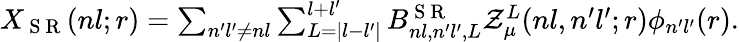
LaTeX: \begin{array}{r}{X_{\mathrm{~S~R~}}(nl;r)=\sum_{n^{\prime}l^{\prime}\neq nl}\sum_{L=|l-l^{\prime}|}^{l+l^{\prime}}B_{nl,n^{\prime}l^{\prime},L}^{\mathrm{~S~R~}}\mathcal{Z}_{\mu}^{L}(nl,n^{\prime}l^{\prime};r)\phi_{n^{\prime}l^{\prime}}(r).}\end{array}